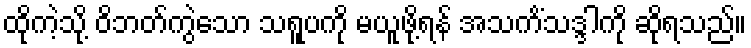
ထိုကဲ့သို့ ဝိဘတ်ကွဲသော သရူပကို မယူဖို့ရန် အသကိံသဒ္ဒါကို ဆိုရသည်။